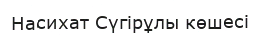
Насихат Сүгірұлы көшесі